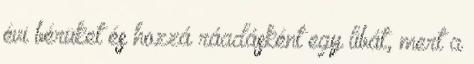
évi bérüket és hozzá ráadásként egy libát, mert a